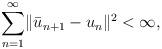
LaTeX: \begin{align*}\sum_{n=1}^\infty \lVert \bar{u}_{n+1} - u_n \rVert^2 < \infty , \end{align*}